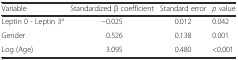
| Variable | Standardized β coefficient | Standard error | p value |
 | --- | --- | --- | --- |
 | Leptin 0 - Leptin 3a | −0.025 | 0.012 | 0.042 |
 | Gender | 0.526 | 0.138 | 0.001 |
 | Log (Age) | 3.095 | 0.480 | <0.001 |